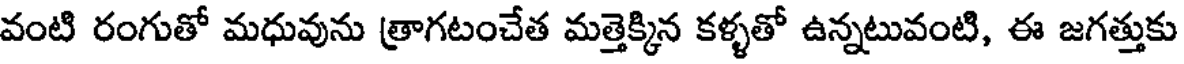
వంటి రంగుతో మధువును త్రాగటంచేత మత్తెక్కిన కళ్ళతో ఉన్నటువంటి, ఈ జగత్తుకు